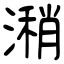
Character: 潲